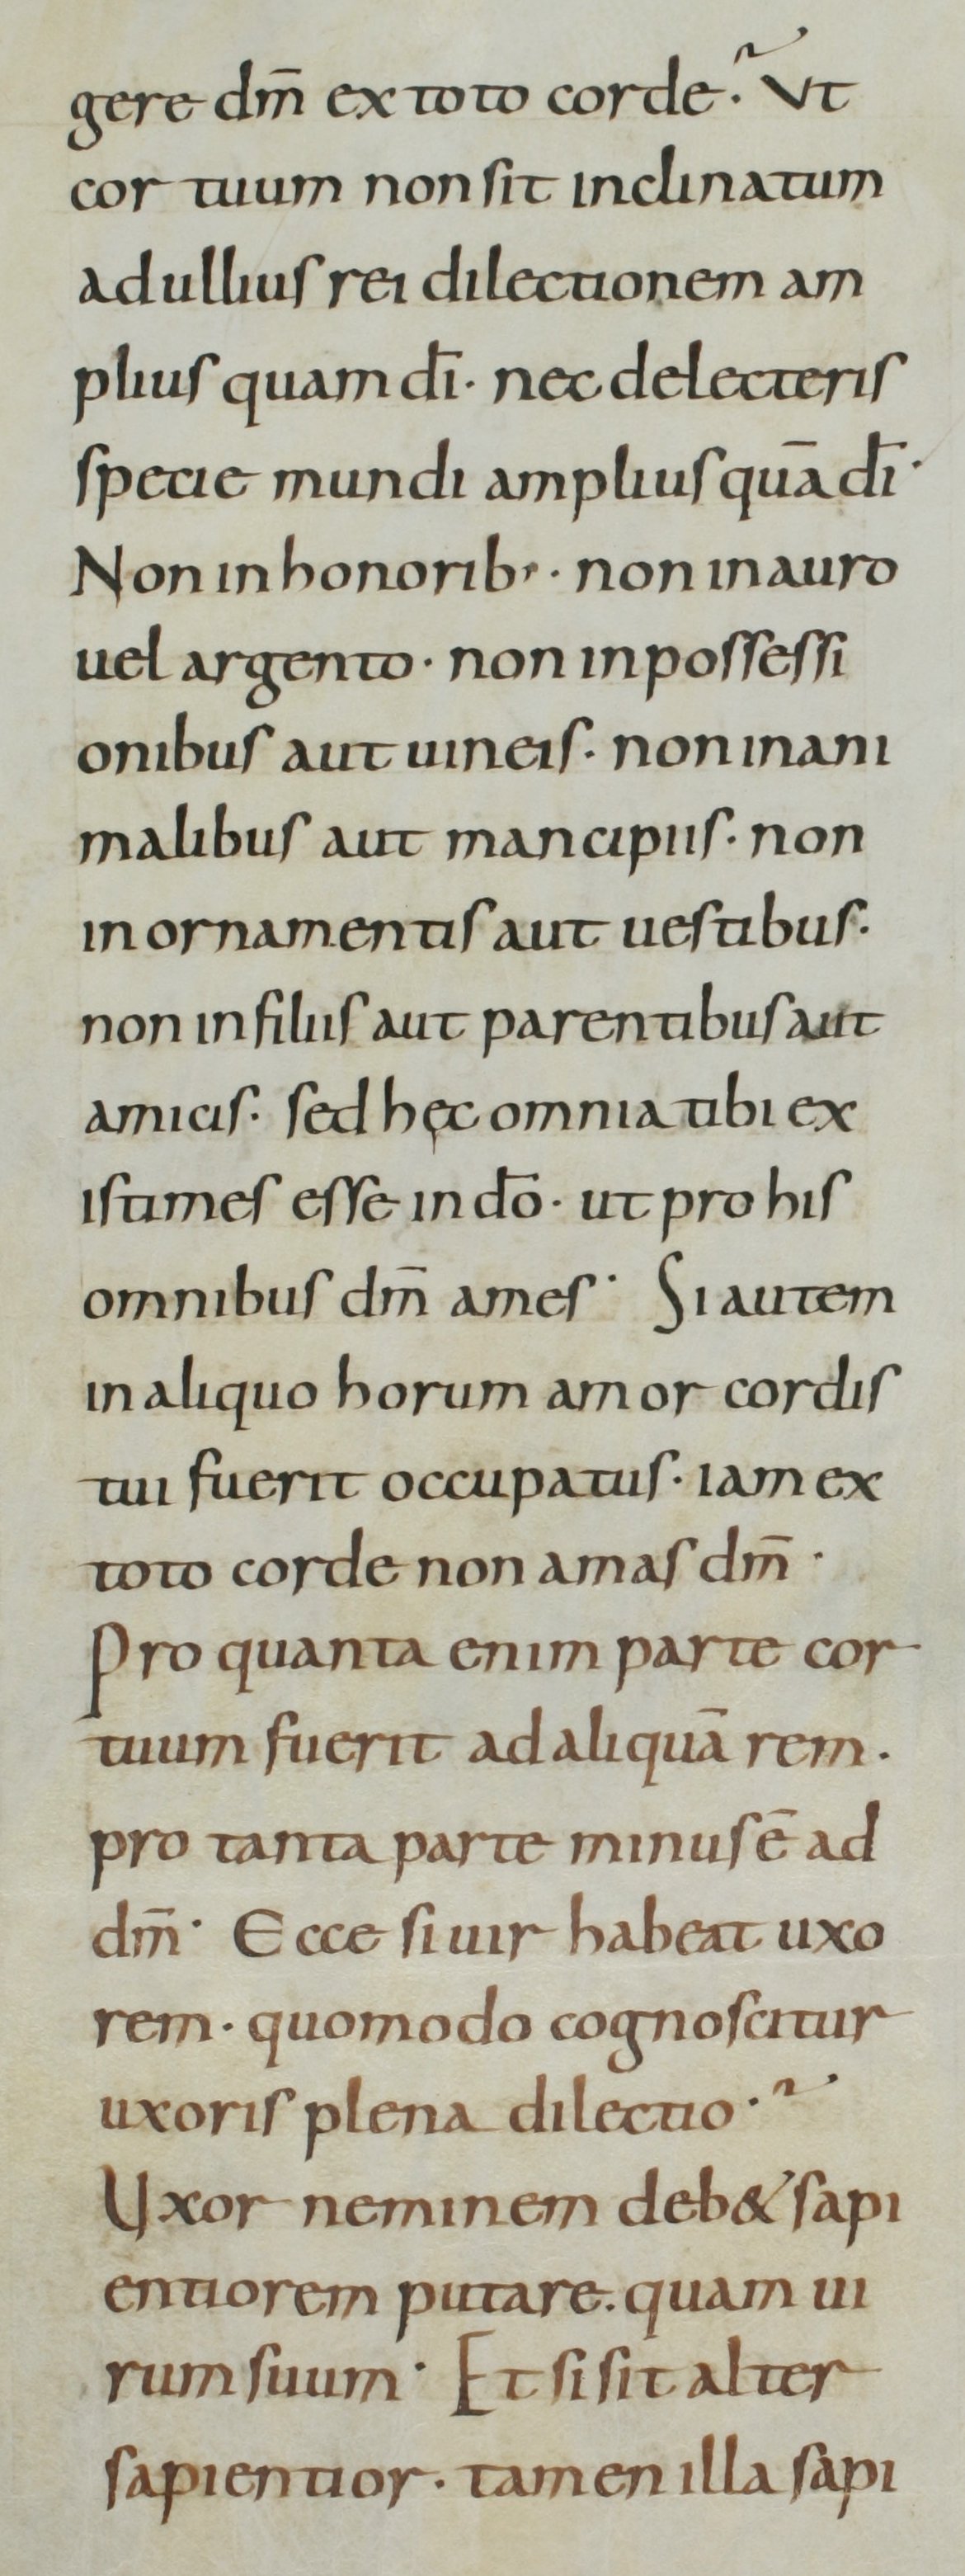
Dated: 800–899